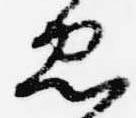
忠